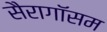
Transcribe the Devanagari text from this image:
सैरागॉसम